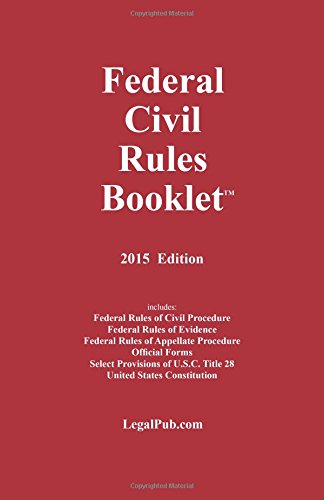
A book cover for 2015 Federal Civil Rules Booklet (For Use With All Civil Procedure Casebooks); LegalPub.com; Law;